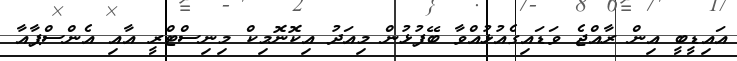
އައިޑީބީ އިން ރާއްޖެ ވަޑައިގެއުޅުއްވާ ބޭފުޅުން މިއަދު އިކޮނޮމިކް މިނިސްޓްރީ އާއި އެންސްޕާއާ